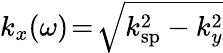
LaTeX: k_{x}(\omega)\! =\! \sqrt{k_{\mathrm{sp}}^{2}-k_{y}^{2}}